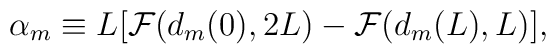
{\alpha}_m \equiv L [ {\cal F}(d_m(0),2L) -{\cal F}(d_m(L),L) ],